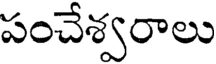
పంచేశ్వరాలు